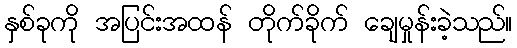
နှစ်ခုကို အပြင်းအထန် တိုက်ခိုက် ချေမှုန်းခဲ့သည်။